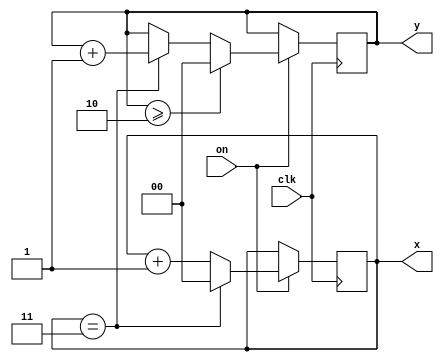
`timescale 1ns / 1ps
//////////////////////////////////////////////////////////////////////////////////
// Company: 
// Engineer: 
// 
// Design Name: 
// Module Name:    xycounter 
// Project Name: 
// Target Devices: 
// Tool versions: 
// Description: 
//
// Dependencies: 
//
// Revision: 
// Revision 0.01 - File Created
// Additional Comments: 
//
//////////////////////////////////////////////////////////////////////////////////
module xycounter #(parameter width=4, height=3)(
input clk, input on,
output reg [$clog2(width)-1:0] x=0,
output reg [$clog2(height)-1:0] y=0
    );

	always @(posedge clk) begin
		if (on) begin
			y <= y>=height-1 ? 0 : (x==width-1 ? y+1 : y);
			x <= x==width-1 ? 0 : x+1;
		end
	end

endmodule